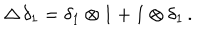
LaTeX: \Delta \, \delta _ { 1 } = \delta _ { 1 } \otimes 1 + 1 \otimes \delta _ { 1 } \, .